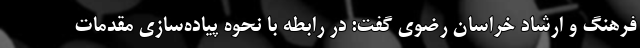
فرهنگ و ارشاد خراسان رضوی گفت: در رابطه با نحوه پیاده‌سازی مقدمات